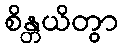
စိန္တယိတွာ